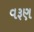
વરૂણ